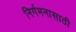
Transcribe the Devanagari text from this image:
निर्गमनासाठी